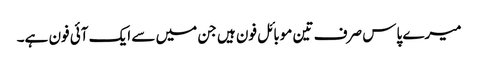
میرے پاس صرف تین موبائل فون ہیں جن میں سے ایک آئی فون ہے۔